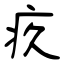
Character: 疚